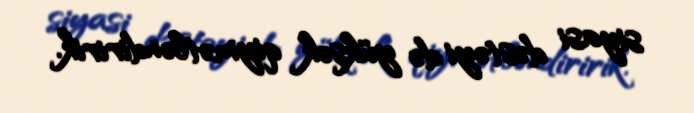
siyasi dəstəyi də yüksək qiymətləndiririk.